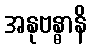
အနုဗန္ဓာနိ